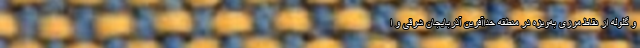
و گلوله از نقاط مرزی به‌ویژه در منطقه خداآفرین آذربایجان شرقی و ا